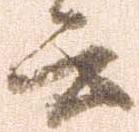
言